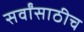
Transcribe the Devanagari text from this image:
सर्वांसाठीच